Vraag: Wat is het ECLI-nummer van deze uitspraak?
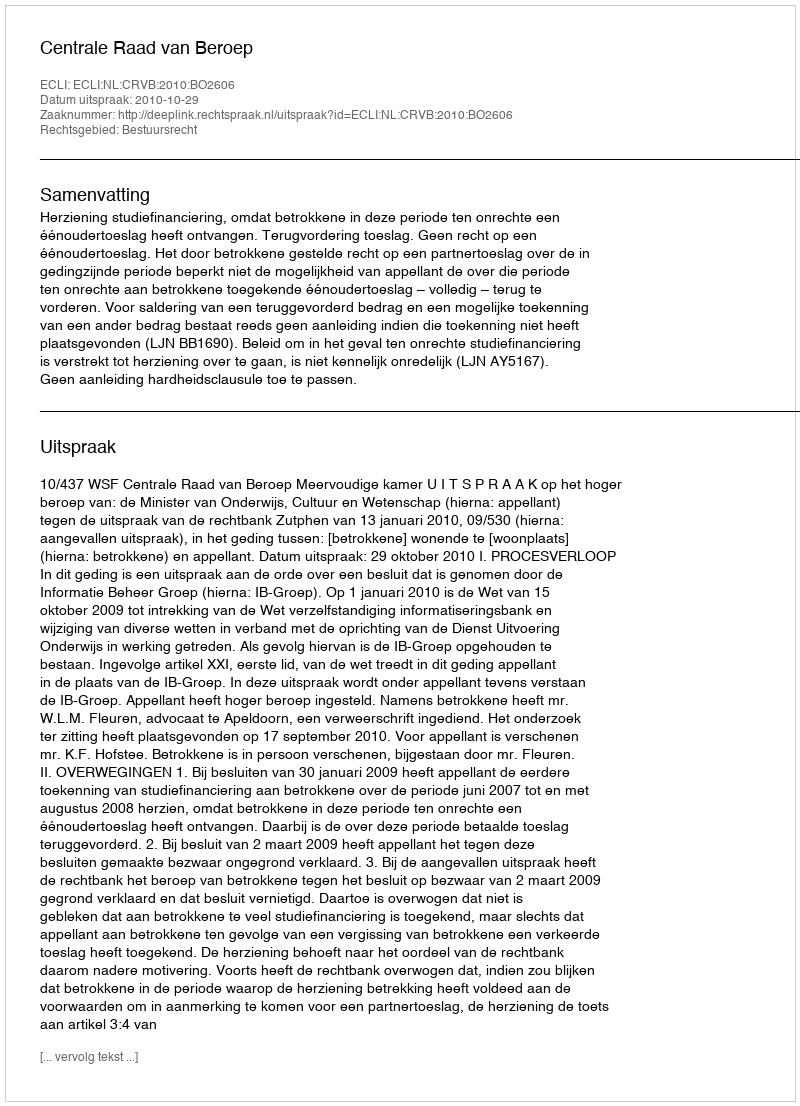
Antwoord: ECLI:NL:CRVB:2010:BO2606